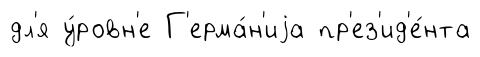
дл'я у́ровн'е Г'ерма́н'иjа пр'ез'ид'е́нта